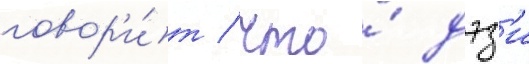
говор'и́т / что́ дэз'и